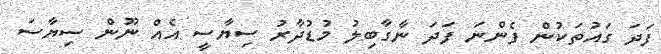
ފަދަ ގައުތަކުން ފެންނަ ފަދަ ނާގާބިލު މުޑުދާރު ސިޔާސީ އެއް ނޫން ސިޔާސަ